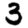
Digit: 3